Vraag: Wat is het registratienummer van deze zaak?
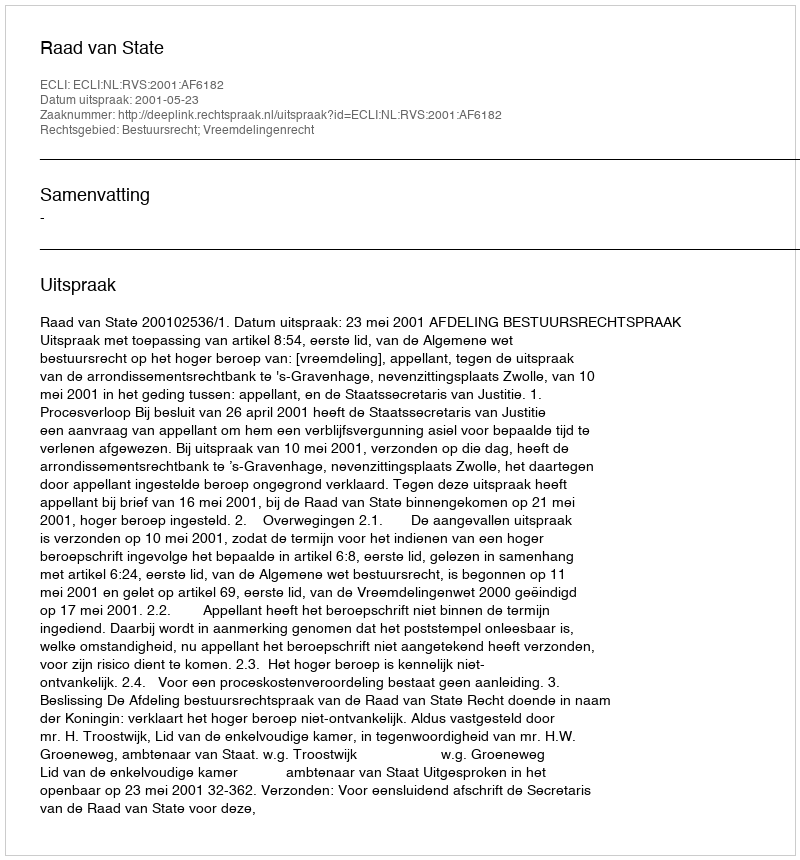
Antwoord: http://deeplink.rechtspraak.nl/uitspraak?id=ECLI:NL:RVS:2001:AF6182